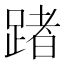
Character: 踷